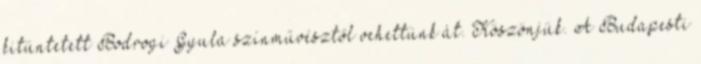
kitüntetett Bodrogi Gyula színművésztől vehettünk át. Köszönjük. A Budapesti